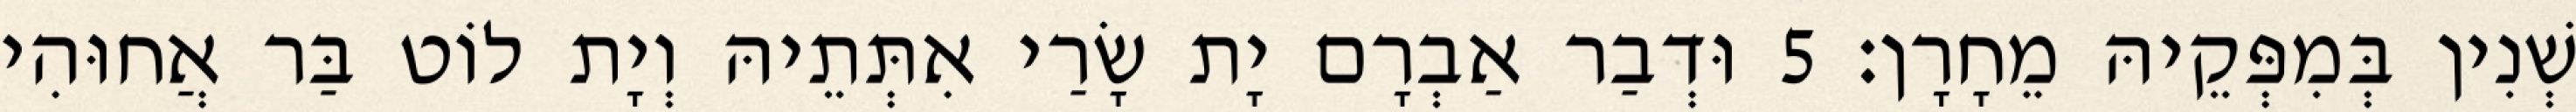
שְׁנִין בְּמִפְּקֵיהּ מֵחָרָן׃ 5 וּדְבַר אַבְרָם יָת שָׂרַי אִתְּתֵיהּ וְיָת לוֹט בַּר אֲחוּהִי